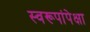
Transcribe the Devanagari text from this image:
स्वरूपांपेक्षा